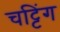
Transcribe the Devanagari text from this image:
चट्टिंग